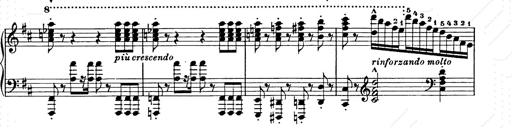
Title: Ballade No.2
Composer: Jan Skrzydlewski
Key: B minor